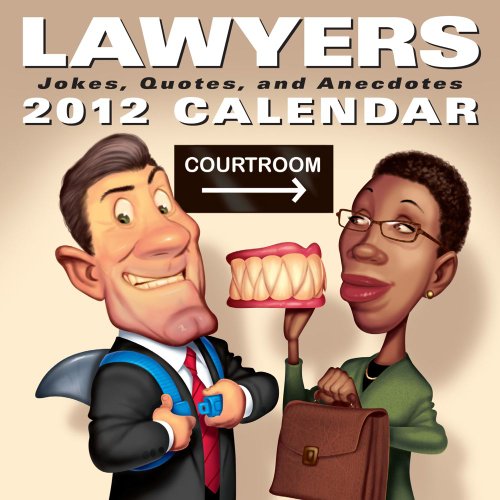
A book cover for Lawyers: Jokes Quotes and Anecdotes: 2012 Day-to-Day Calendar; LLC Andrews McMeel Publishing; Calendars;